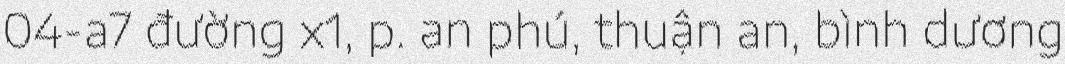
04-a7 đường x1, p. an phú, thuận an, bình dương